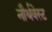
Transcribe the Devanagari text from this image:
नौर्थवेस्ट